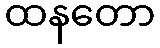
ထနတော